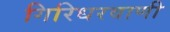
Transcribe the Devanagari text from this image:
गिरिधरवाणी